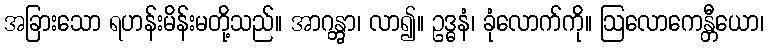
အခြားသော ရဟန်းမိန်းမတို့သည်။ အာဂန္တွာ၊ လာ၍။ ဥဒ္ဓနံ၊ ခုံလောက်ကို။ ဩလောကေန္တီယော၊